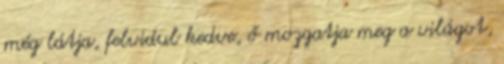
még látja, felvidul kedve, ő mozgatja meg a világot,